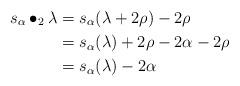
LaTeX: \begin{align*}s_\alpha \bullet_2 \lambda &= s_\alpha(\lambda + 2\rho) - 2\rho \\&= s_\alpha(\lambda) + 2\rho - 2\alpha - 2\rho \\&= s_\alpha(\lambda) - 2\alpha\end{align*}